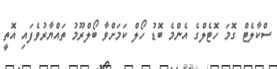
ސްކާލެޓް ގޮމަ ހޮޓެލްގެ އެންމެ ބޮޑު ހޯލް ކަމަށްވާ ބޯލްރޫމު ތައްޔާރުވެފައި އޮތީ